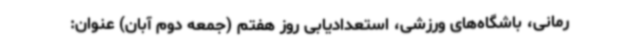
رمانی، باشگاه‌های ورزشی، استعدادیابی روز هفتم (جمعه دوم آبان) عنوان: